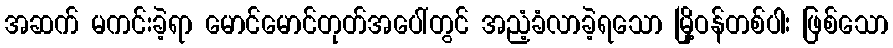
အဆက် မကင်းခဲ့ရာ မောင်မောင်တုတ်အပေါ်တွင် အညံ့ခံလာခဲ့ရသော မြို့ဝန်တစ်ပါး ဖြစ်သော